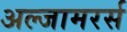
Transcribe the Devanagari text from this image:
अल्जामरर्स